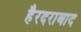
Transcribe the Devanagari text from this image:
हैरदराबाद